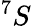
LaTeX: ^7S